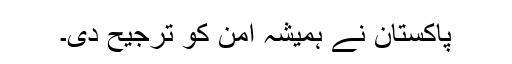
پاکستان نے ہمیشہ امن کو ترجیح دی۔